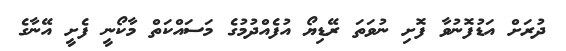
ދުރަށް އަޑުފޮނުވާ ފޮށި ނުވަތަ ރޭޑިޔޯ އުފެއްދުމުގެ މަސައްކަތް މާކޯނީ ފެށީ އޭނާގެ